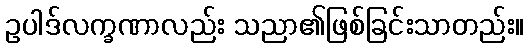
ဥပါဒ်လက္ခဏာလည်း သညာ၏ဖြစ်ခြင်းသာတည်း။